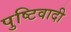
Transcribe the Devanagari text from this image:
पुष्टिवादी